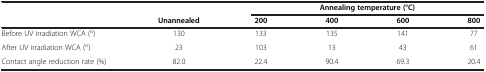
<table><thead><tr><td rowspan="2"><b> </b></td><td><b> </b></td><td colspan="4"><b>Annealing temperature (°C)</b></td></tr><tr><td><b>Unannealed</b></td><td><b>200</b></td><td><b>400</b></td><td><b>600</b></td><td><b>800</b></td></tr></thead><tbody><tr><td>Before UV irradiation WCA (<sup>o</sup>)</td><td>130</td><td>133</td><td>135</td><td>141</td><td>77</td></tr><tr><td>After UV irradiation WCA (<sup>o</sup>)</td><td>23</td><td>103</td><td>13</td><td>43</td><td>61</td></tr><tr><td>Contact angle reduction rate (%)</td><td>82.0</td><td>22.4</td><td>90.4</td><td>69.3</td><td>20.4</td></tr></tbody></table>